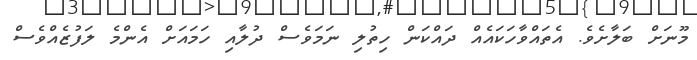
މޫނަށް ބަލާށެވެ. އެތައްވާހަކައެއް ދައްކަން ހިތުލި ނަމަވެސް ދުލާއި ހަމައަށް އެންމެ ލަފުޒެއްވެސް